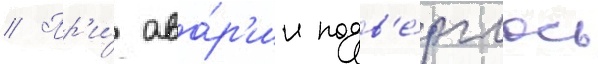
// Пр'и́ ава́р'ии подв'е́рглось